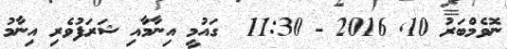
ނޮވެމްބަރު 10